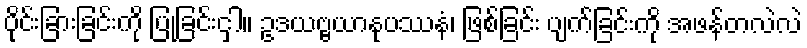
ပိုင်းခြားခြင်းကို ပြုခြင်းငှါ။ ဥဒယဗ္ဗယာနုပဿနံ၊ ဖြစ်ခြင်း ပျက်ခြင်းကို အဖန်တလဲလဲ